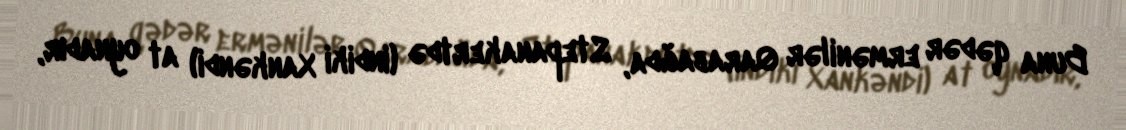
Buna qədər ermənilər Qarabağda, Stepanakertdə (indiki Xankəndi) at oynadır,